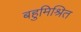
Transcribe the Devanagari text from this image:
बहुमिश्रित